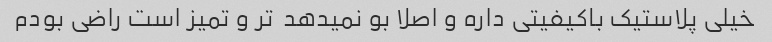
خیلی پلاستیک باکیفیتی داره و اصلا بو نمیدهد  تر و تمیز است راضی بودم